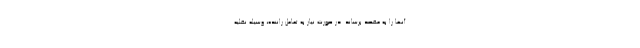
آنها را به مقصد برساند. در صورت نیاز به تعامل راننده، وسیله نقلیه